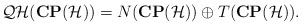
\begin{align*}{\cal QH}({\bf CP}({\cal H})) = N({\bf CP}({\cal H})) \oplus T({\bf CP}({\cal H})).\end{align*}